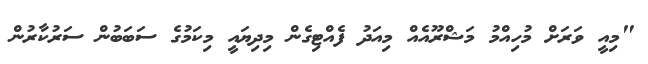
"މިއީ ވަރަށް މުހިއްމު މަޝްރޫއެއް މިއަދު ފެއްޓިގެން މިދިޔައީ މިކަމުގެ ސަބަބުން ސަރުކާރުން